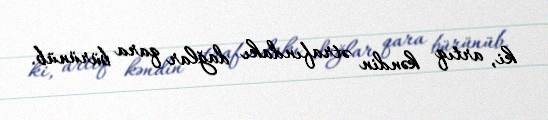
ki, artıq kəndin ətrafındakı dağlar qara bürünüb.